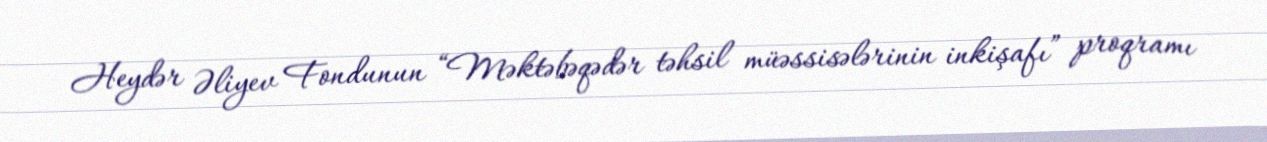
Heydər Əliyev Fondunun “Məktəbəqədər təhsil müəssisələrinin inkişafı” proqramı